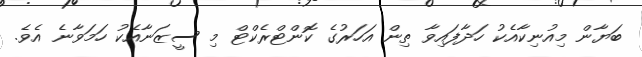
ބަޔާން މިއުނިކާއެކު ހަދާފައިވާ ތިން އަހަރުގެ ކޮންޓްރެކްޓް މި ސީޒަނާއެކު ހަމަވާނެ އެވެ.